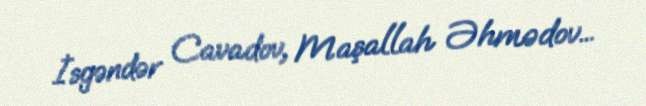
İsgəndər Cavadov, Maşallah Əhmədov...